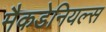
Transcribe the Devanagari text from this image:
मैकडेनियल्स